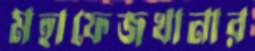
মহাফেজখানার